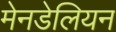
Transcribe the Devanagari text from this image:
मेनडेलियन